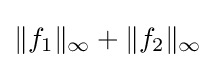
\|f_{1}\|_{\infty }+\|f_{2}\|_{\infty }